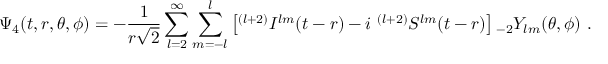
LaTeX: \Psi _ { 4 } ( t , r , \theta , \phi ) = - { \frac { 1 } { r { \sqrt { 2 } } } } \sum _ { l = 2 } ^ { \infty } \sum _ { m = - l } ^ { l } \left[ { } ^ { ( l + 2 ) } I ^ { l m } ( t - r ) - i \ { } ^ { ( l + 2 ) } S ^ { l m } ( t - r ) \right] { } _ { - 2 } Y _ { l m } ( \theta , \phi ) \ .